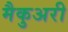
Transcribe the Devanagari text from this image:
मैकुअरी